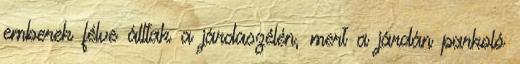
emberek félve álltak a járdaszélén, mert a járdán parkoló